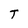
Character: T